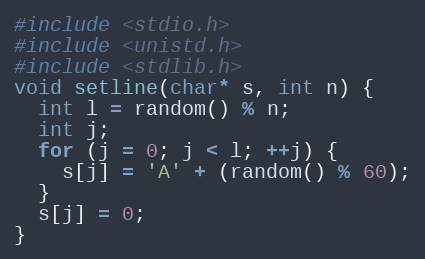
Language: C++
#include <stdio.h>
#include <unistd.h>
#include <stdlib.h>
void setline(char* s, int n) {
  int l = random() % n;
  int j;
  for (j = 0; j < l; ++j) {
    s[j] = 'A' + (random() % 60);
  }
  s[j] = 0;
}